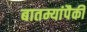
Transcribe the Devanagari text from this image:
बातम्यांपैकी